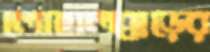
লোহালক্কড়ের